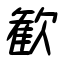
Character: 歓